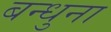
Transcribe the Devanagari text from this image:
बन्धुना